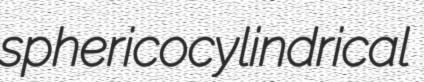
sphericocylindrical